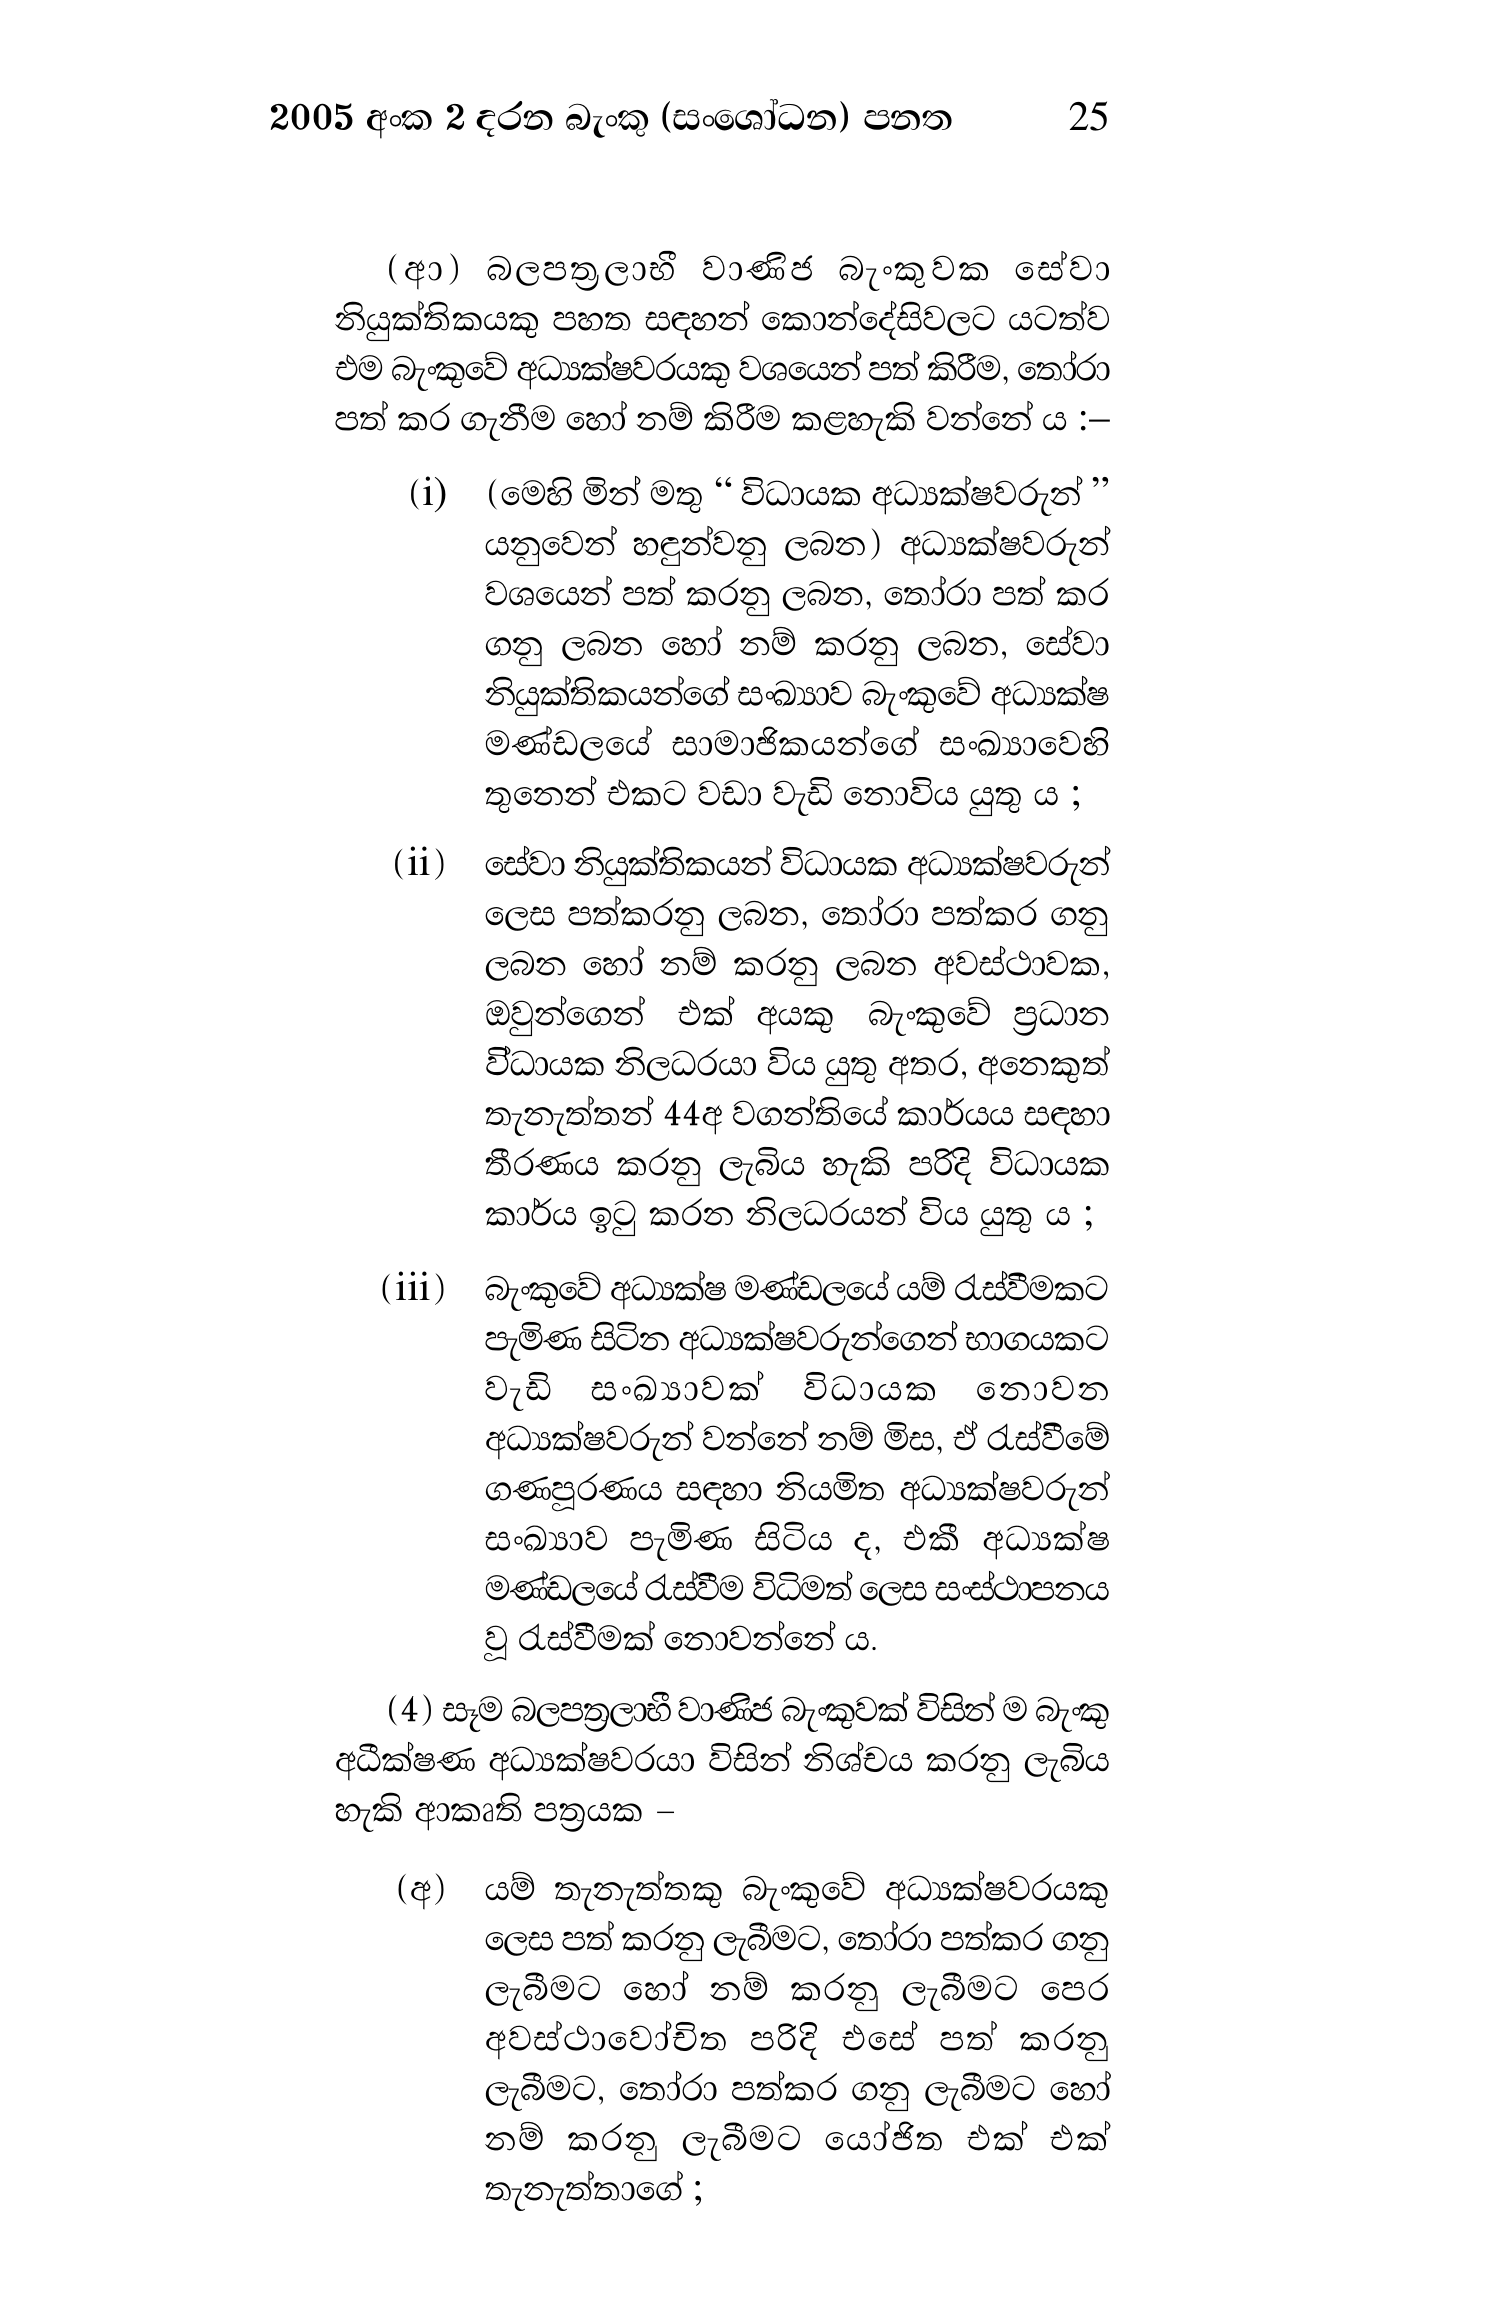
2005 අංක 2 දරන බැංකු (සංශෝධන) පනත 25

(ආ) බලපත්‍රලාභී වාණිජ බැංකුවක සේවා
නියුක්තිකයකු පහත සඳහන් කොන්දේසිවලට යටත්ව
එම බැංකුවේ අධ්‍යක්ෂවරයකු වශයෙන් පත් කිරීම, තෝරා
පත් කර ගැනීම හෝ නම් කිරීම කළහැකි වන්නේ ය :-

(i) (මෙහි මින් මතු “ විධායක අධ්‍යක්ෂවරුන් ”
යනුවෙන් හඳුන්වනු ලබන) අධ්‍යක්ෂවරුන්
වශයෙන් පත් කරනු ලබන, තෝරා පත් කර
ගනු ලබන හෝ නම් කරනු ලබන, සේවා
නියුක්තිකයන්ගේ සංඛ්‍යාව බැංකුවේ අධ්‍යක්ෂ
මණ්ඩලයේ සාමාජිකයන්ගේ සංඛ්‍යාවෙහි
තුනෙන් එකට වඩා වැඩි නොවිය යුතු ය ;

(ii) සේවා නියුක්තිකයන් විධායක අධ්‍යක්ෂවරුන්
ලෙස පත්කරනු ලබන, තෝරා පත්කර ගනු
ලබන හෝ නම් කරනු ලබන අවස්ථාවක,
ඔවුන්ගෙන් එක් අයකු බැංකුවේ ප්‍රධාන
විධායක නිලධරයා විය යුතු අතර, අනෙකුත්
තැනැත්තන් 44අ වගන්තියේ කාර්යය සඳහා
තීරණය කරනු ලැබිය හැකි පරිදි විධායක
කාර්ය ඉටු කරන නිලධරයන් විය යුතු ය ;

(iii) බැංකුවේ අධ්‍යක්ෂ මණ්ඩලයේ යම් රැස්වීමකට
පැමිණ සිටින අධ්‍යක්ෂවරුන්ගෙන් භාගයකට
වැඩි සංඛ්‍යාවක් විධායක නොවන
අධ්‍යක්ෂවරුන් වන්නේ නම් මිස, ඒ රැස්වීමේ
ගණපූරණය සඳහා නියමිත අධ්‍යක්ෂවරුන්
සංඛ්‍යාව පැමිණ සිටිය ද, එකී අධ්‍යක්ෂ
මණ්ඩලයේ රැස්වීම විධිමත් ලෙස සංස්ථාපනය
වූ රැස්වීමක් නොවන්නේ ය.

(4) සෑම බලපත්‍රලාභී වාණිජ බැංකුවක් විසින් ම බැංකු
අධීක්ෂණ අධ්‍යක්ෂවරයා විසින් නිශ්චය කරනු ලැබිය
හැකි ආකෘති පත්‍රයක -

(අ) යම් තැනැත්තකු බැංකුවේ අධ්‍යක්ෂවරයකු
ලෙස පත් කරනු ලැබීමට, තෝරා පත්කර ගනු
ලැබීමට හෝ නම් කරනු ලැබීමට පෙර
අවස්ථාවෝචිත පරිදි එසේ පත් කරනු
ලැබීමට, තෝරා පත්කර ගනු ලැබීමට හෝ
නම් කරනු ලැබීමට යෝජිත එක් එක්
තැනැත්තාගේ ;